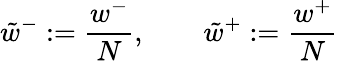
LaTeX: \tilde{w}^{-}:=\frac{w^{-}}{N},\qquad\tilde{w}^{+}:=\frac{w^{+}}{N}